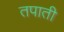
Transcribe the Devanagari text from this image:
तपाती